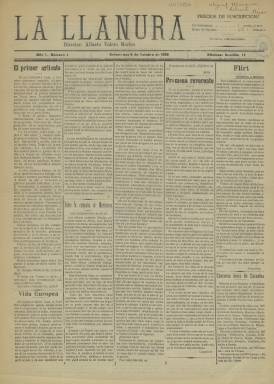
Título: La Llanura (Salamanca)
Colección: Periódicos
Ámbito geográfico: Salamanca
Lugar de publicación: Salamanca
Fechas: 05/10/1909-05/10/1909